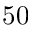
5 0